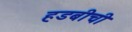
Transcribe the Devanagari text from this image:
हडबीची